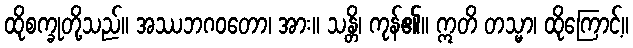
ထိုစက္ခုတို့သည်။ အဿဘဂဝတော၊ အား။ သန္တိ၊ ကုန်၏။ ဣတိ တသ္မာ၊ ထိုကြောင့်။